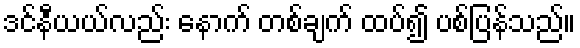
ဒင်နီယယ်လည်း နောက် တစ်ချက် ထပ်၍ ပစ်ပြန်သည်။